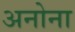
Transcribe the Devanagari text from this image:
अनोना